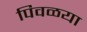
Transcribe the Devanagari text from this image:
पिवळया